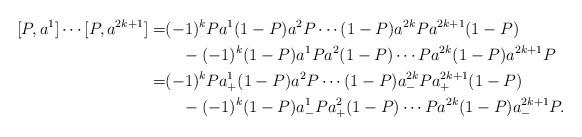
LaTeX: \begin{align*}[P,a^1]\cdots [P,a^{2k+1}]=&(-1)^kPa^1(1-P)a^2P\cdots (1-P)a^{2k}Pa^{2k+1}(1-P)\\&\quad-(-1)^k(1-P)a^1Pa^2(1-P)\cdots Pa^{2k}(1-P)a^{2k+1}P\\=&(-1)^kPa_+^1(1-P)a^2P\cdots (1-P)a_-^{2k}Pa_+^{2k+1}(1-P)\\&\quad-(-1)^k(1-P)a_-^1Pa_+^2(1-P)\cdots Pa^{2k}(1-P)a_-^{2k+1}P.\end{align*}